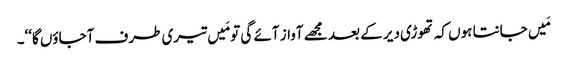
مَیں جانتا ہوں کہ تھوڑی دیر کے بعد مجھے آواز آئے گی تو مَیں تیری طرف آجاؤں گا‘‘۔